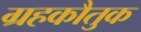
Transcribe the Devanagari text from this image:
ग्रहकौतुक